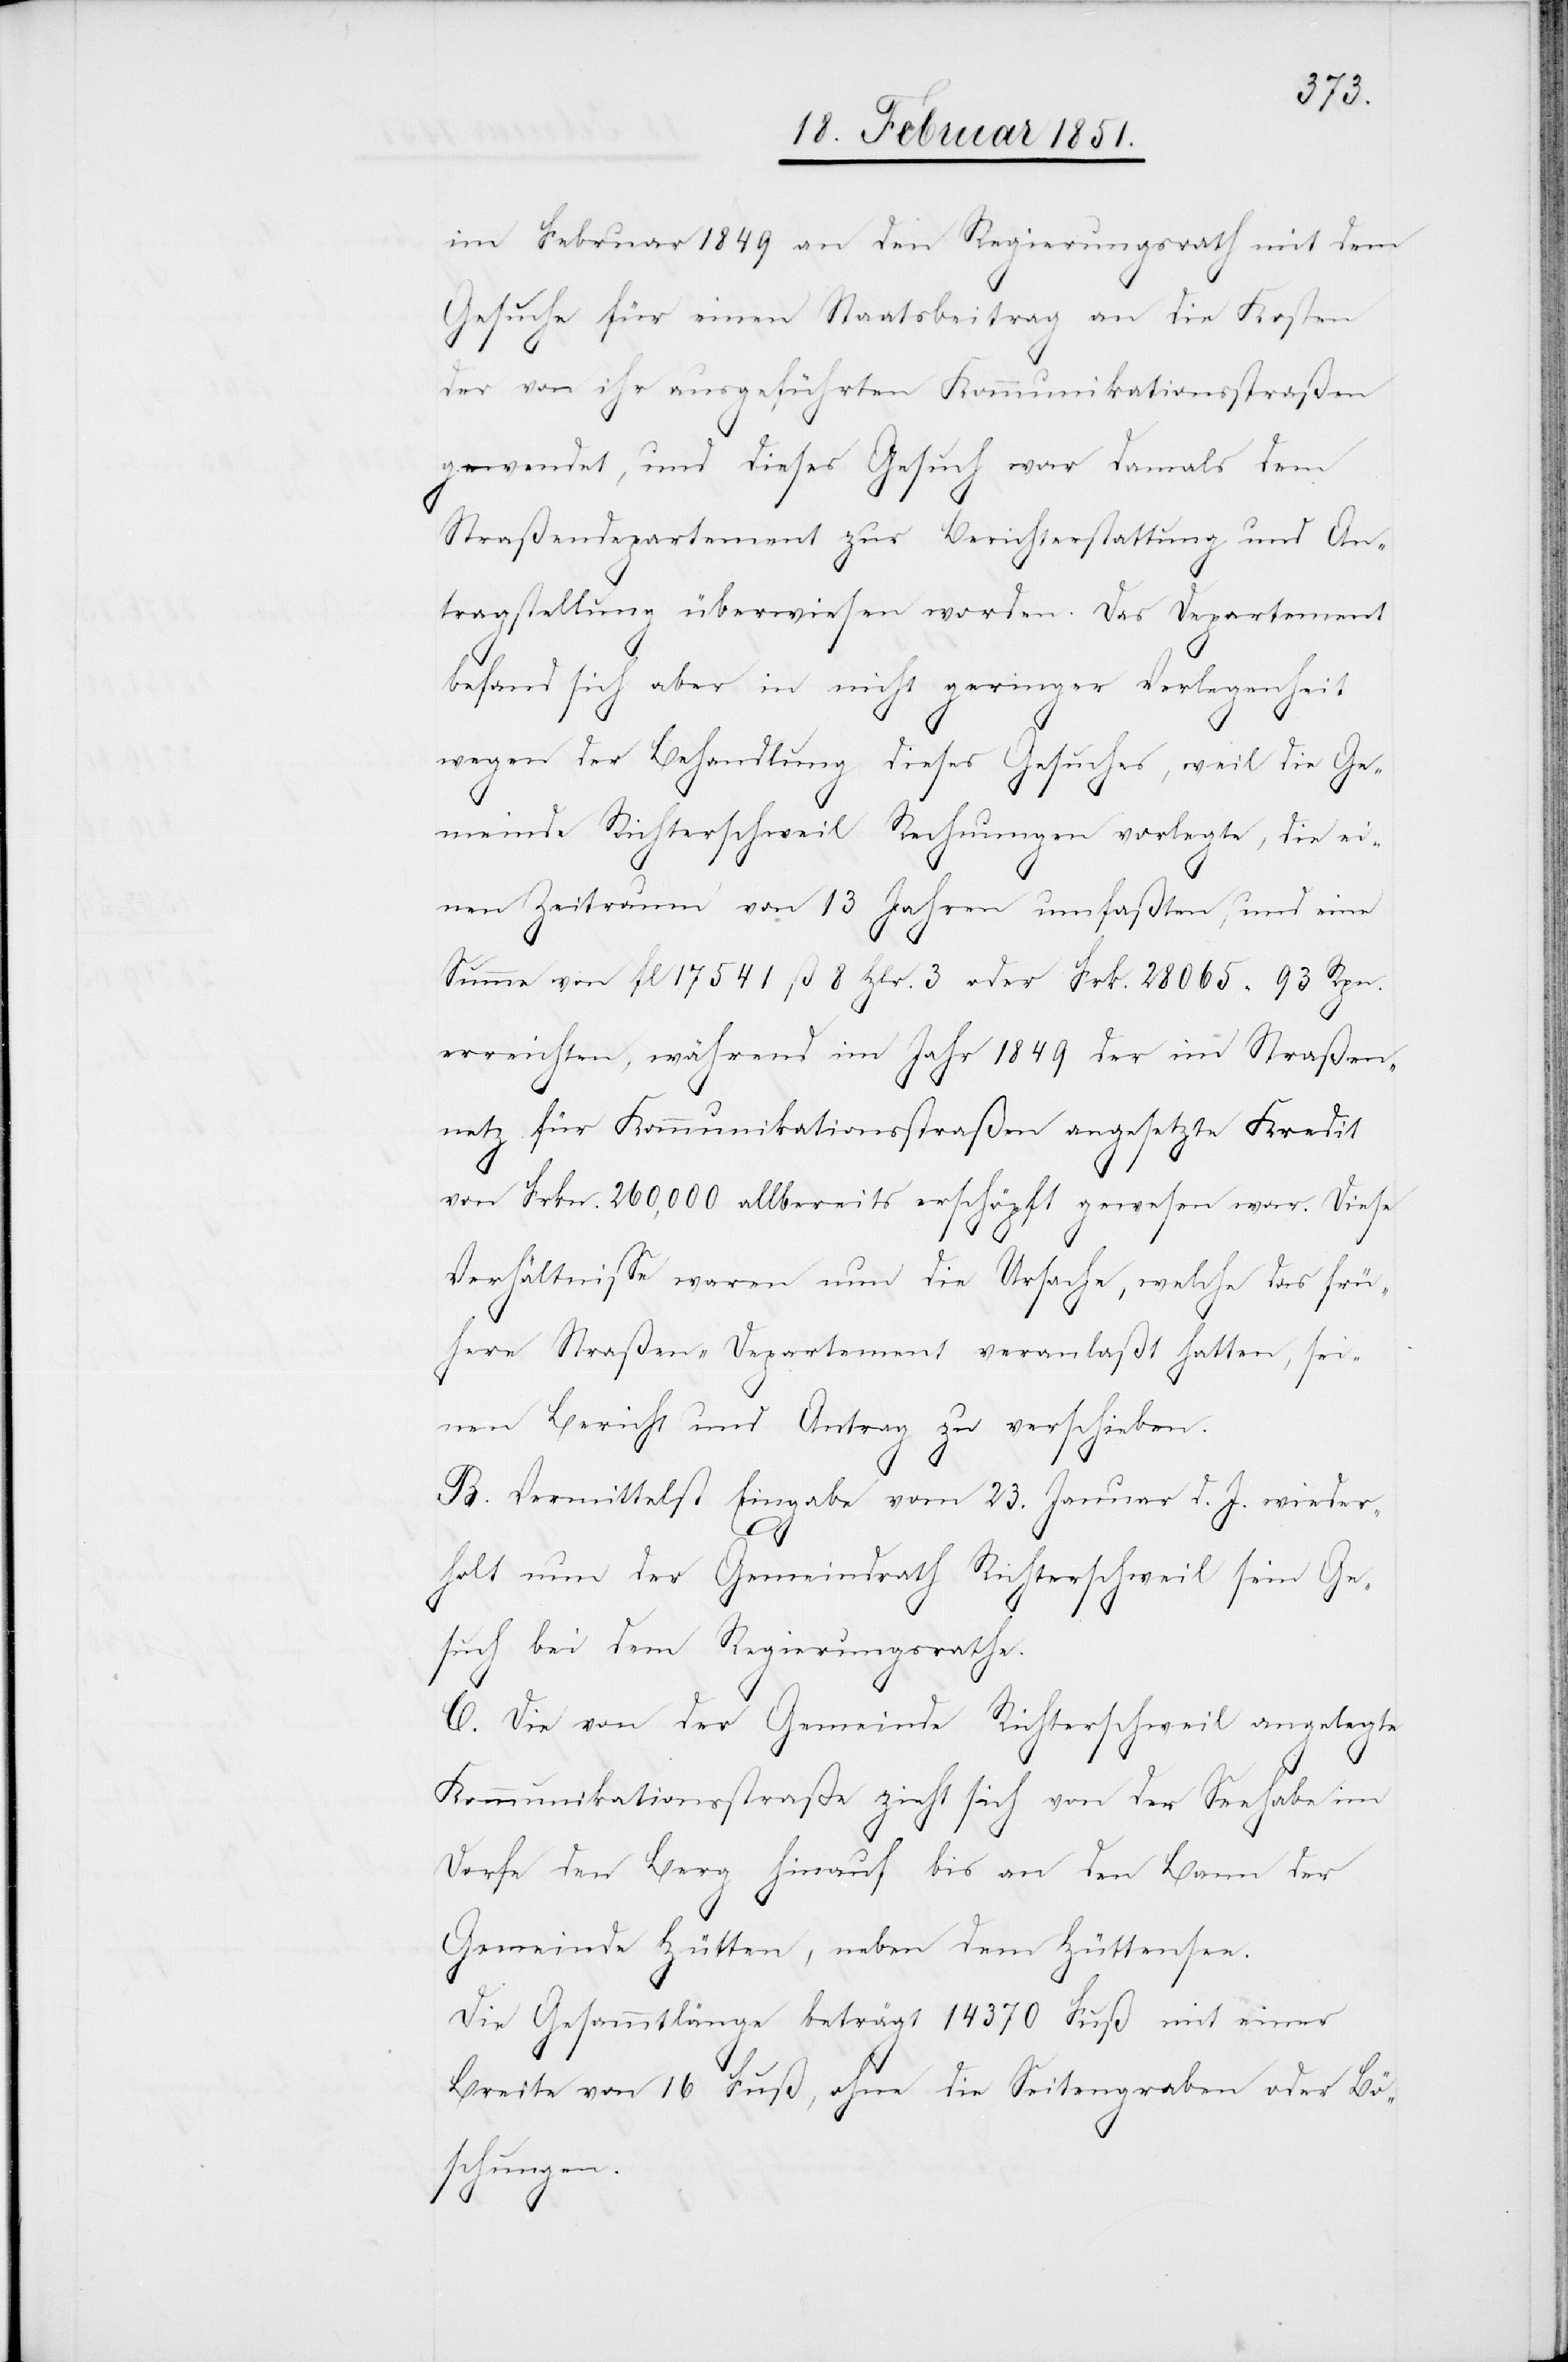
im Februar 1849 an den Regierungsrath mit dem
Gesuche für einen Staatsbeitrag an die Kosten
der von ihr ausgeführten Kommunikationsstraßen
gewendet, und dieses Gesuch war damals dem
Straßendepartement zur Berichterstattung und An¬
tragstellung überwiesen worden. Das Departement
befand sich aber in nicht geringer Verlegenheit
wegen der Behandlung dieses Gesuches, weil die Ge¬
meinde Richterschweil Rechnungen vorlegte, die ei¬
nen Zeitraum von 13 Jahren umfaßten, und eine
Summe von fl 17541 ß 8 Hlr. 3 oder Frk. 28065 93 Rpn.
erreichten, während im Jahr 1849 der im Straßen¬
netz für Kommunikationsstraßen angesetzte Kredit
von Frkn. 260,000 allbereits erschöpft gewesen war. Diese
Verhältnisse waren nun die Ursache, welche das frü¬
here Straßen-Departement veranlaßt hatten, sei¬
nen Bericht und Antrag zu verschieben.
B. Vermittelst Eingabe vom 23. Januar d. J. wieder¬
holt nun der Gemeindrath Richterschweil sein Ge¬
such bei dem Regierungsrathe.
C. Die von der Gemeinde Richterschweil angelegte
Kommunikationsstraße zieht sich von der Seehabe im
Dorfe den Berg hinauf bis an den Bann der
Gemeinde Hütten, neben dem Hüttensee.
Die Gesammtlänge beträgt 14370 Fuß mit einer
Breite von 16 Fuß, ohne die Seitengraben oder Bö¬
schungen.